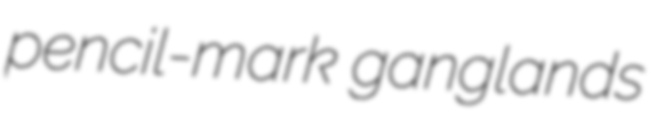
pencil-mark ganglands